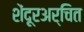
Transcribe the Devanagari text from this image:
शेंदूरअर्चित